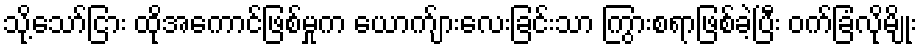
သို့သော်ငြား ထိုအကောင်ဖြစ်မှုက ယောက်ျားလေးခြင်းသာ ကြွားစရာဖြစ်ခဲ့ပြီး ဝက်ခြံလိုမျိုး